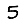
Digit: 5